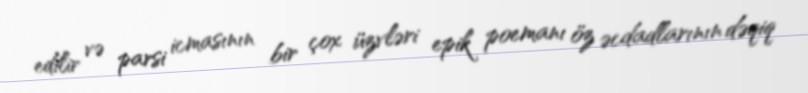
edilir və parsi icmasının bir çox üzvləri epik poemanı öz əcdadlarının dəqiq